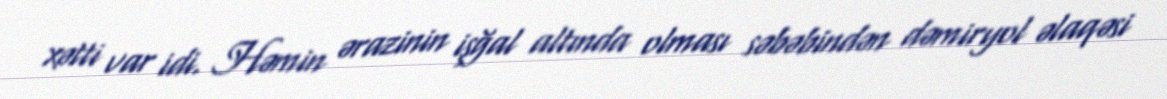
xətti var idi. Həmin ərazinin işğal altında olması səbəbindən dəmiryol əlaqəsi